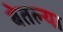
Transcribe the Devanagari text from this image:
बेतल्या